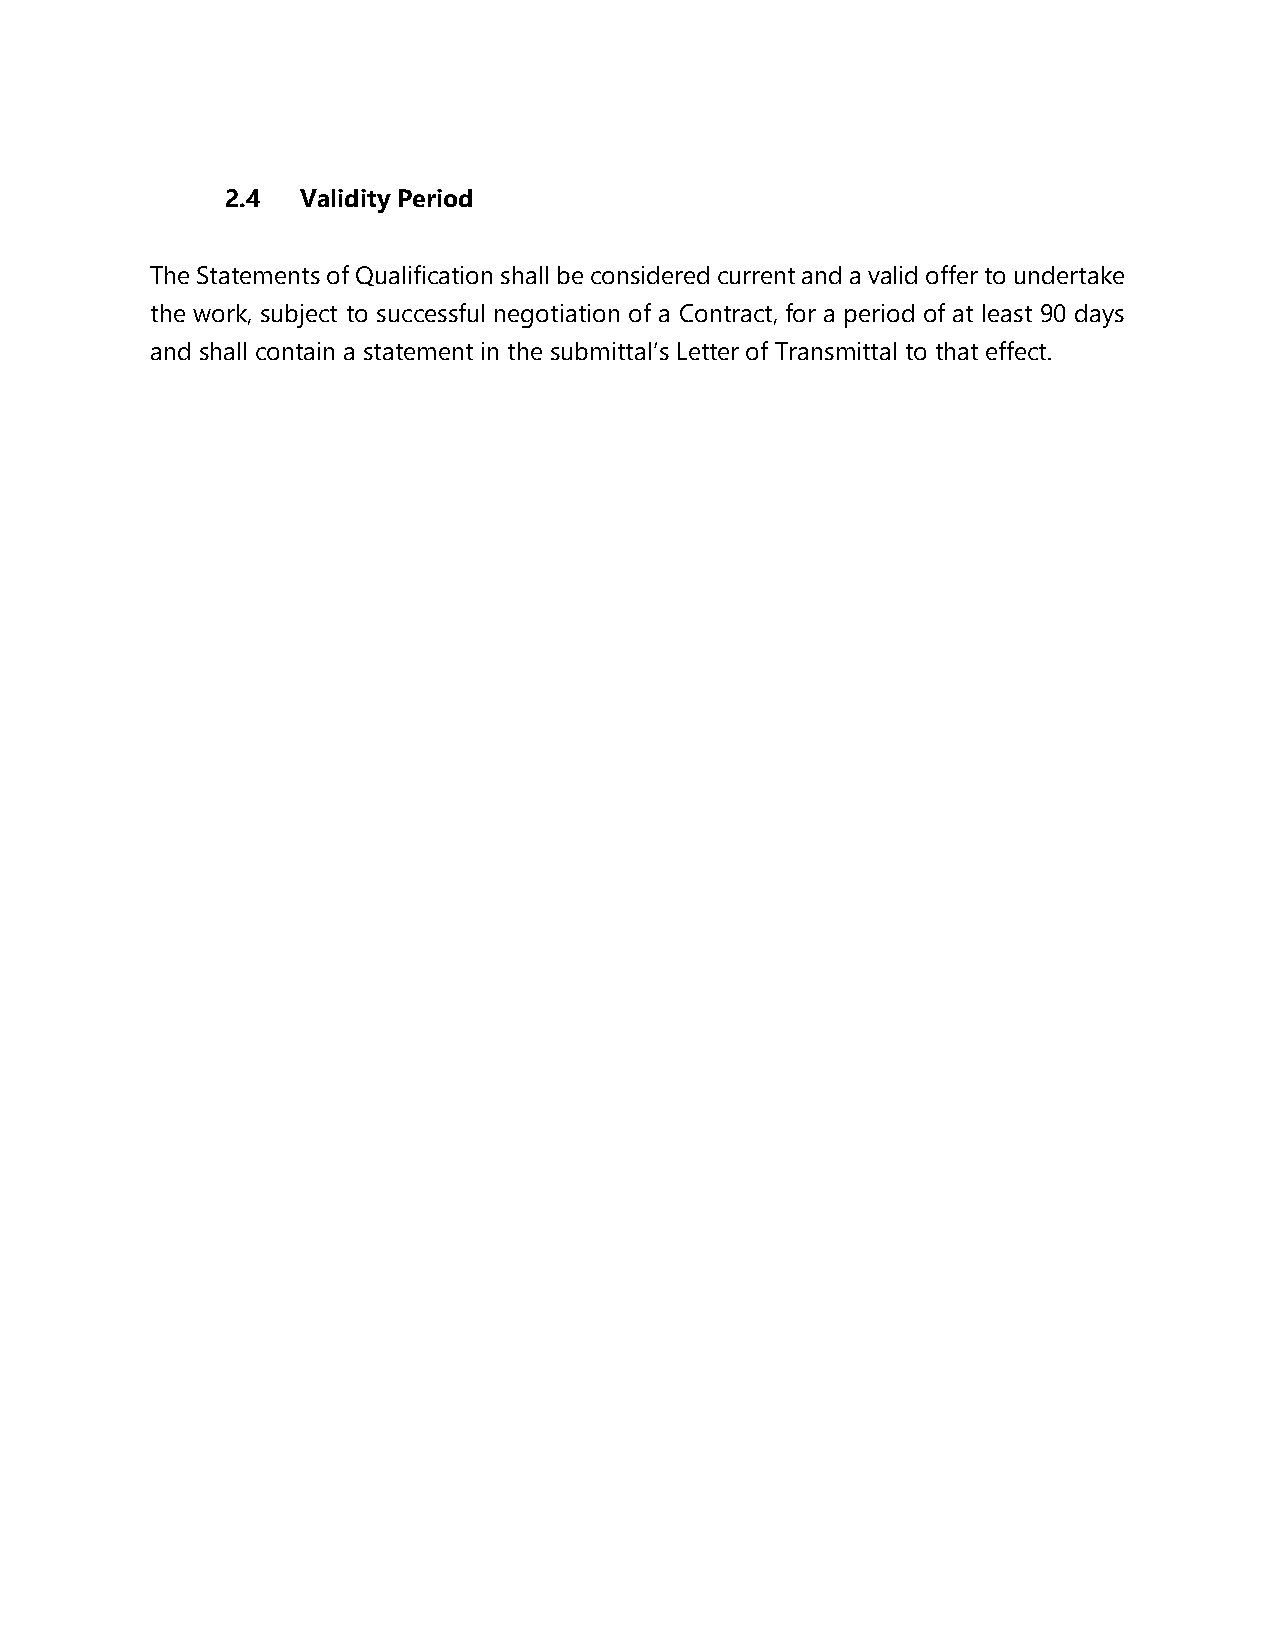
2.4  Validity Period
 The Statements of Qualification shall be considered current and a valid offer to undertake
 the work, subject to successful negotiation of a Contract, for a period of at least 90 days
 and shall contain a statement in the submittal’s Letter of Transmittal to that effect.